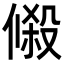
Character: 𬿔